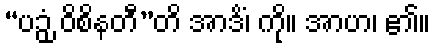
“ပဉှံ ဝိစိနတီ”တိ အာဒိံ၊ ကို။ အာဟ၊ ၏။